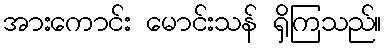
အားကောင်း မောင်းသန် ရှိကြသည်။